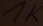
Text: 1K